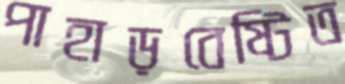
পাহাড়বেষ্টিত